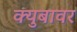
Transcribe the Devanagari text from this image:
क्युबावर